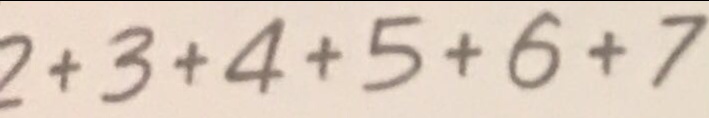
2 + 3 + 4 + 5 + 6 + 7